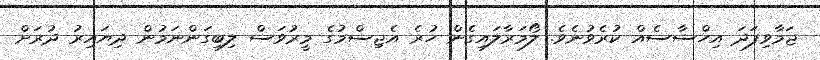
ޖަމާވިފަދަ އިހްސާސެއް ކުރެވުނެވެ. ލޯމަރާލައިގެން ހުރެ އެޖިސްމުގެ މީރުވަސް ލިބިގަންނަމުން ދިޔައިރު ދުރަށް